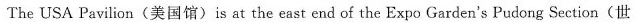
The USA Pavilion(美国馆)is at the east end of the Expo Garden's Pudong Section(世